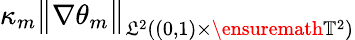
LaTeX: \kappa_{m}\big\| \nabla{\theta}_{m}\big\| _{\mathfrak{L}^{2}((0,1)\times\ensuremath{{\mathbb{{T}}}}^{2})}